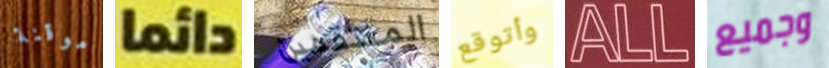
موقنة دائما المنتقمين وأتوقع ALL وجميع